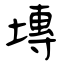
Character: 塼